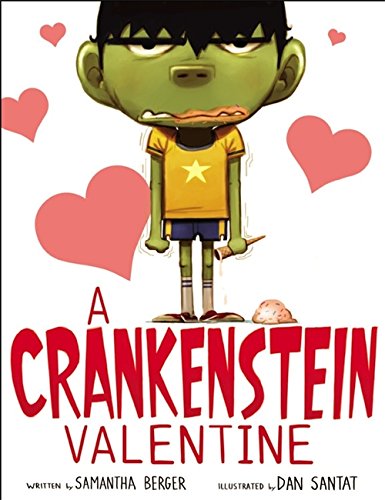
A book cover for A Crankenstein Valentine; Samantha Berger; Children's Books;